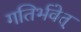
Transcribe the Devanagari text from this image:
गतिर्भवेत्